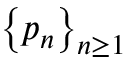
\left\{ p _ { n } \right\} _ { n \ge 1 }